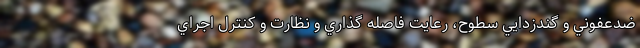
ضدعفوني و گندزدايي سطوح، رعايت فاصله گذاري و نظارت و کنترل اجراي